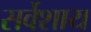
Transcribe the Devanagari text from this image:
सर्वेशाय